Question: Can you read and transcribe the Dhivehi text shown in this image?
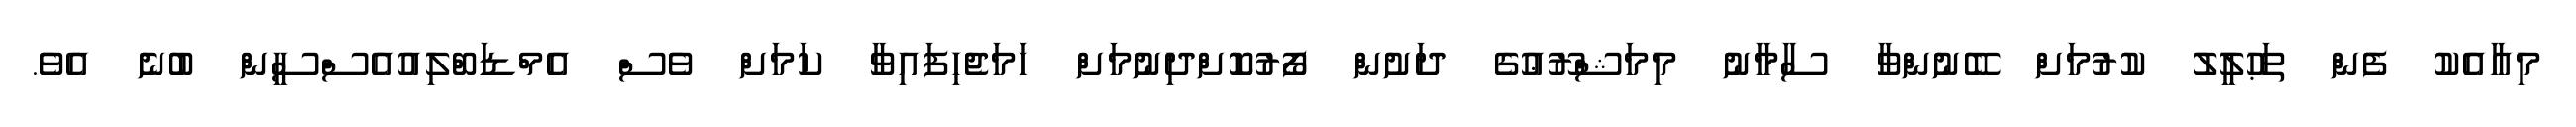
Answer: މިއާއެކު ފެން ތަޙުލީލު ކުރުމަށް ބޭނުންވާ ސާމާނު މިމަޝްރޫޢުގެ ދަށުން ފޯރުކޮށްދިނުމަށް ހަމަޖެހިފައިވާ ކަމަށް ވެސް އެމްޑަބްލިއުއެސްސީން ބުނެ އެވެ.